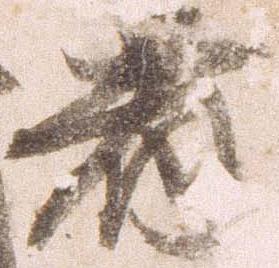
者